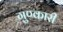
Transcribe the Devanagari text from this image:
गुण्कारी